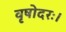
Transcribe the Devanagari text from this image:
वृषोदरः।